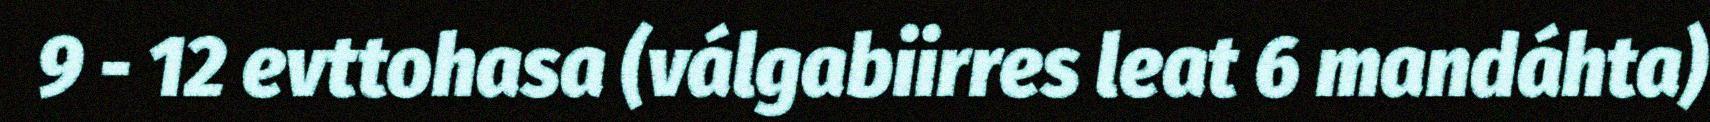
9 - 12 evttohasa (válgabiirres leat 6 mandáhta)